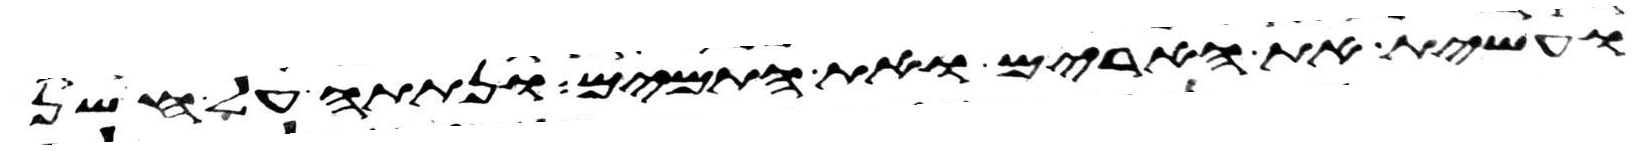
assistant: ועשית את הארים ואת התמים ונתתה על חשן